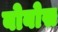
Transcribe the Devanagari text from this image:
बोबोस